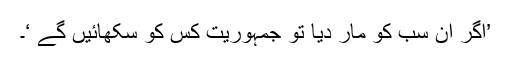
’اگر ان سب کو مار دیا تو جمہوریت کس کو سکھائیں گے ‘۔